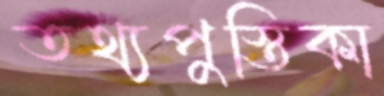
তথ্যপুস্তিকা